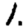
Digit: 1